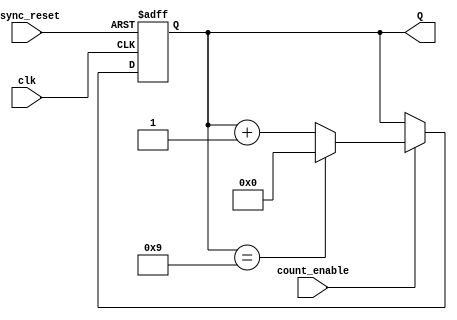
module BCD_Asynchronous_Counter (
    input wire clk,            // Clock signal
    input wire async_reset,    // Asynchronous reset
    input wire count_enable,    // Count enable signal
    output reg [3:0] Q         // BCD output
);

// Asynchronous reset and counter logic
always @(posedge clk or posedge async_reset) begin
    if (async_reset) begin
        // Reset the counter to 0
        Q <= 4'b0000;
    end else if (count_enable) begin
        // Increment the counter
        if (Q == 4'b1001) begin
            Q <= 4'b0000; // Reset to 0 when count exceeds 9
        end else begin
            Q <= Q + 1;   // Increment the counter
        end
    end
end

endmodule